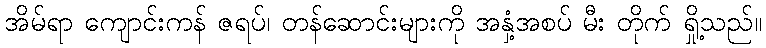
အိမ်ရာ ကျောင်းကန် ဇရပ်၊ တန်ဆောင်းများကို အနှံ့အစပ် မီး တိုက် ရှို့သည်။